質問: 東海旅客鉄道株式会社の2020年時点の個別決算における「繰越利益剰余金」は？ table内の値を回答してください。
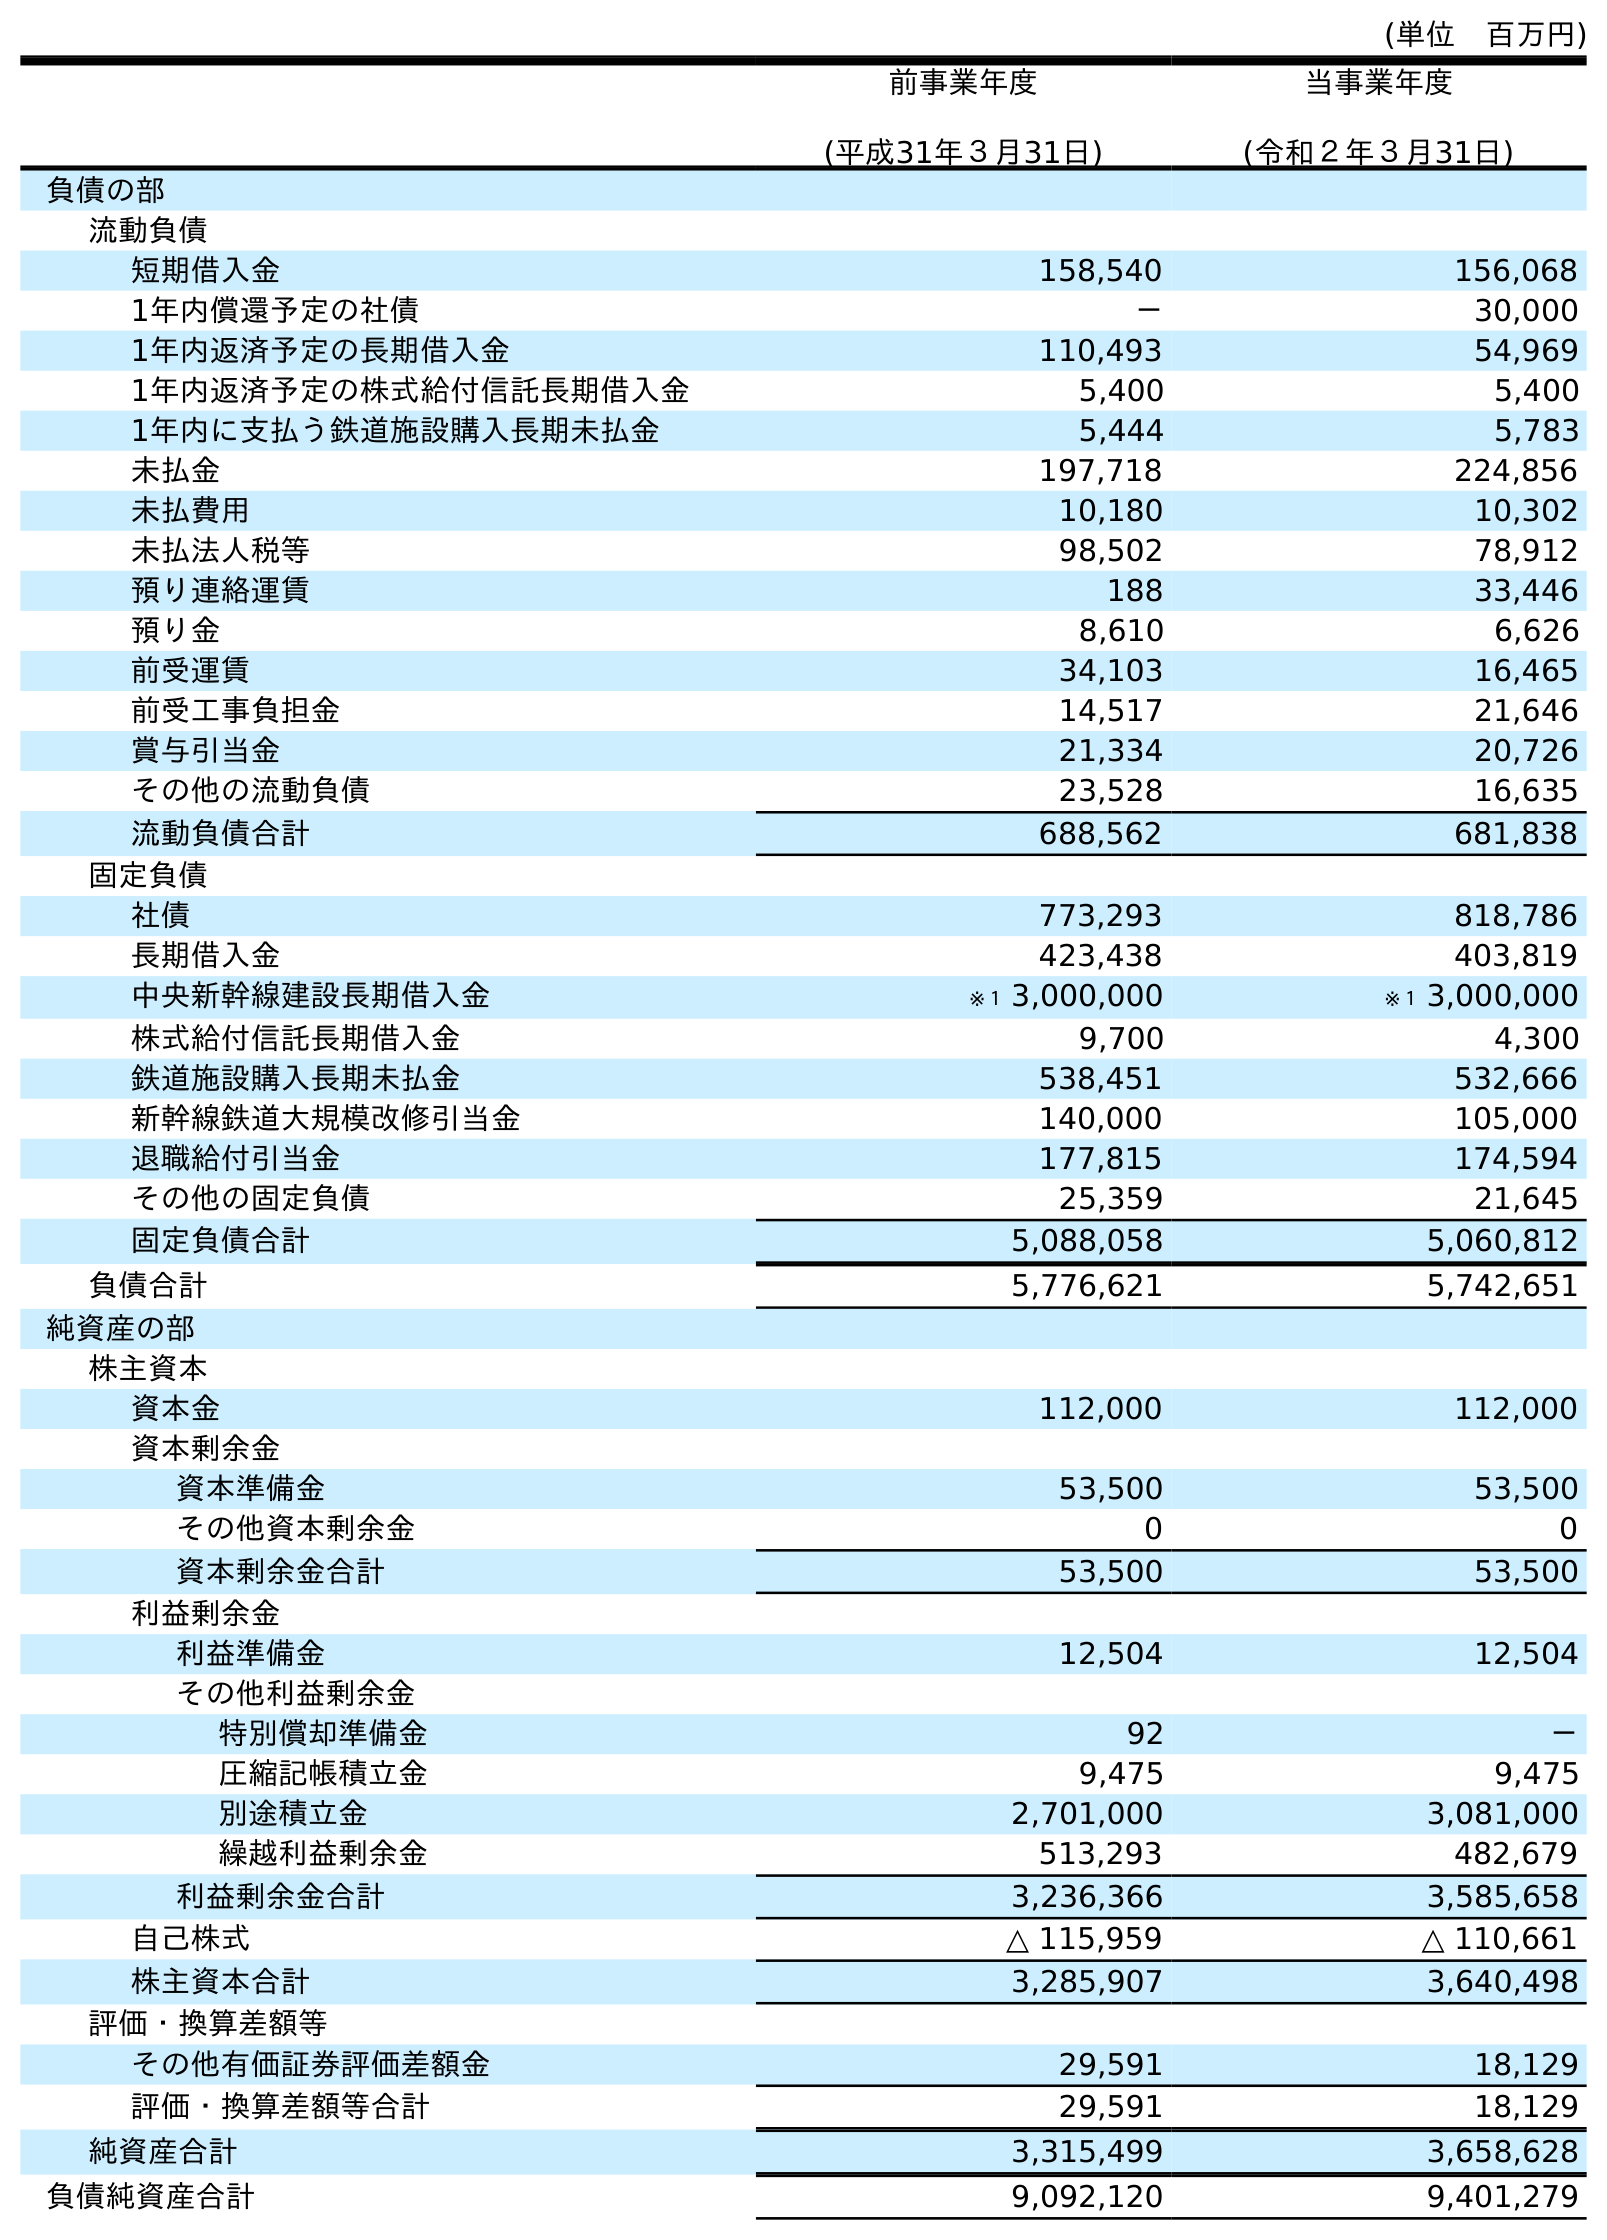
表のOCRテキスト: (単位 百万円) 前事業年度 (平成31年３月31日) 当事業年度 (令和２年３月31日) 負債の部 流動負債 短期借入金 158,540 156,068 1年内償還予定の社債 － 30,000 1年内返済予定の長期借入金 110,493 54,969 1年内返済予定の株式給付信託長期借入金 5,400 5,400 1年内に支払う鉄道施設購入長期未払金 5,444 5,783 未払金 197,718 224,856 未払費用 10,180 10,302 未払法人税等 98,502 78,912 預り連絡運賃 188 33,446 預り金 8,610 6,626 前受運賃 34,103 16,465 前受工事負担金 14,517 21,646 賞与引当金 21,334 20,726 その他の流動負債 23,528 16,635 流動負債合計 688,562 681,838 固定負債 社債 773,293 818,786 長期借入金 423,438 403,819 中央新幹線建設長期借入金 ※１ 3,000,000 ※１ 3,000,000 株式給付信託長期借入金 9,700 4,300 鉄道施設購入長期未払金 538,451 532,666 新幹線鉄道大規模改修引当金 140,000 105,000 退職給付引当金 177,815 174,594 その他の固定負債 25,359 21,645 固定負債合計 5,088,058 5,060,812 負債合計 5,776,621 5,742,651 純資産の部 株主資本 資本金 112,000 112,000 資本剰余金 資本準備金 53,500 53,500 その他資本剰余金 0 0 資本剰余金合計 53,500 53,500 利益剰余金 利益準備金 12,504 12,504 その他利益剰余金 特別償却準備金 92 － 圧縮記帳積立金 9,475 9,475 別途積立金 2,701,000 3,081,000 繰越利益剰余金 513,293 482,679 利益剰余金合計 3,236,366 3,585,658 自己株式 △ 115,959 △ 110,661 株主資本合計 3,285,907 3,640,498 評価・換算差額等 その他有価証券評価差額金 29,591 18,129 評価・換算差額等合計 29,591 18,129 純資産合計 3,315,499 3,658,628 負債純資産合計 9,092,120 9,401,279
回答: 482,679